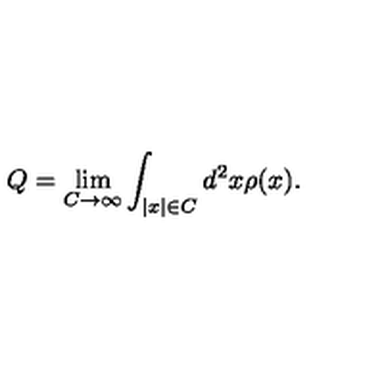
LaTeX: Q = \lim _ { C \to \infty } \int _ { | x | \in C } d ^ { 2 } x \rho ( x ) .